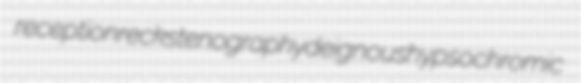
receptionreck stenography deignous hypsochromic